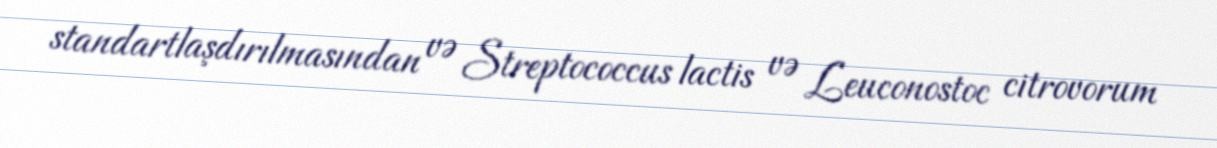
standartlaşdırılmasından və Streptococcus lactis və Leuconostoc citrovorum